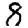
Digit: 8